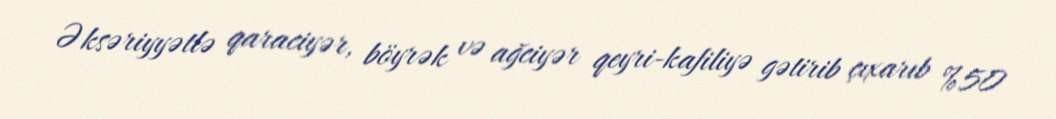
Əksəriyyətlə qaraciyər, böyrək və ağciyər qeyri-kafiliyə gətirib çıxarıb %50